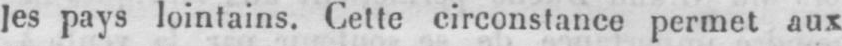
les pays lointains. Cette circonstance permet aux